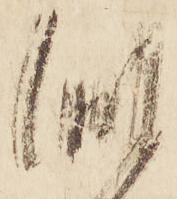
似